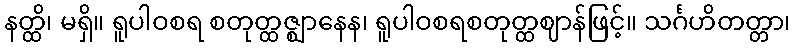
နတ္ထိ၊ မရှိ။ ရူပါဝစရ စတုတ္ထဇ္ဈာနေန၊ ရူပါဝစရစတုတ္ထဈာန်ဖြင့်။ သင်္ဂဟိတတ္တာ၊